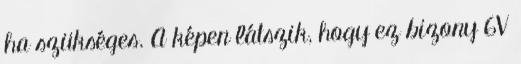
ha szükséges. A képen látszik, hogy ez bizony 6V